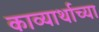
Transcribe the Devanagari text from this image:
काव्यार्थाच्या